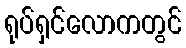
ရုပ်ရှင်လောကတွင်